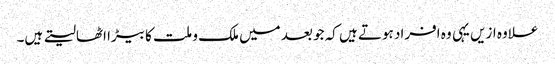
علاوہ ازیں یہی وہ افراد ہوتے ہیں کہ جو بعد میں ملک و ملت کا بیڑا اٹھالیتے ہیں۔